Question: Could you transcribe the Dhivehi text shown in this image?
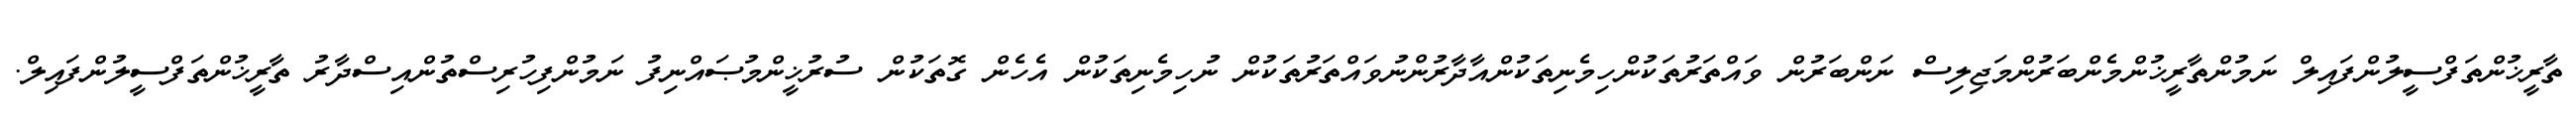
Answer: ތާރީޚުންތަފްސީލުންފައިލް ނަމުންތާރީޚުންމެންބަރުންމަޖިލިސް ނަންބަރުން ވައްތަރުތަކުންހިމެނިތަކުންއާދާރުންނުވައްތަރުތަކުން ނުހިމެނިތަކުން އެހެން ގޮތަކުން ސުރުޚީންމުޞައްނިފު ނަމުންފިހުރިސްތުންއިސްދާރު ތާރީޚުންތަފްސީލުންފައިލް.